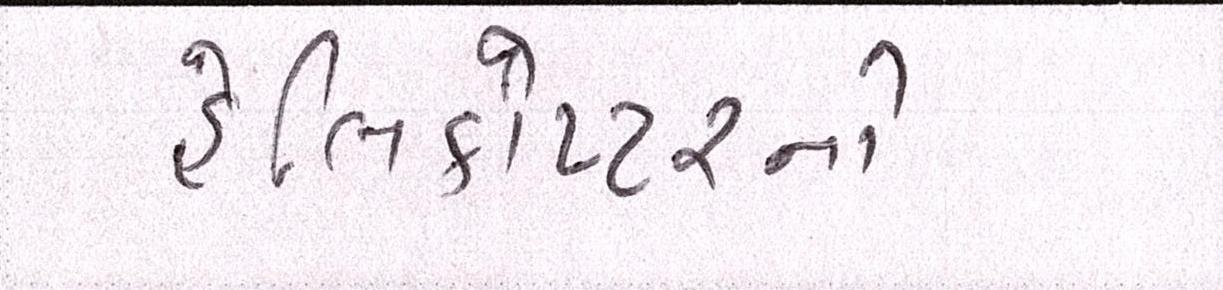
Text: હેલિકોપ્ટરનો